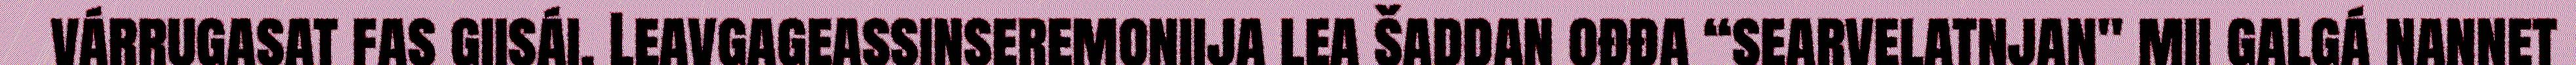
várrugasat fas giisái. Leavgageassinseremoniija lea šaddan ođđa “searvelatnjan" mii galgá nannet